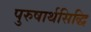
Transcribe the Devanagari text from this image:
पुरुषार्थसिद्धि